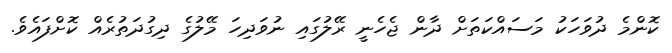
ކޮންމެ ދުވަހަކު މަސައްކަތަށް ދާން ޖެހެނީ ރޭލުގައި ނުވަދިހަ މޭލުގެ ދިގުދަތުރެއް ކޮށްފައެވެ.